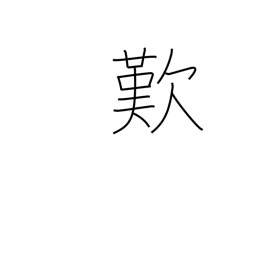
Meaning: lamentation